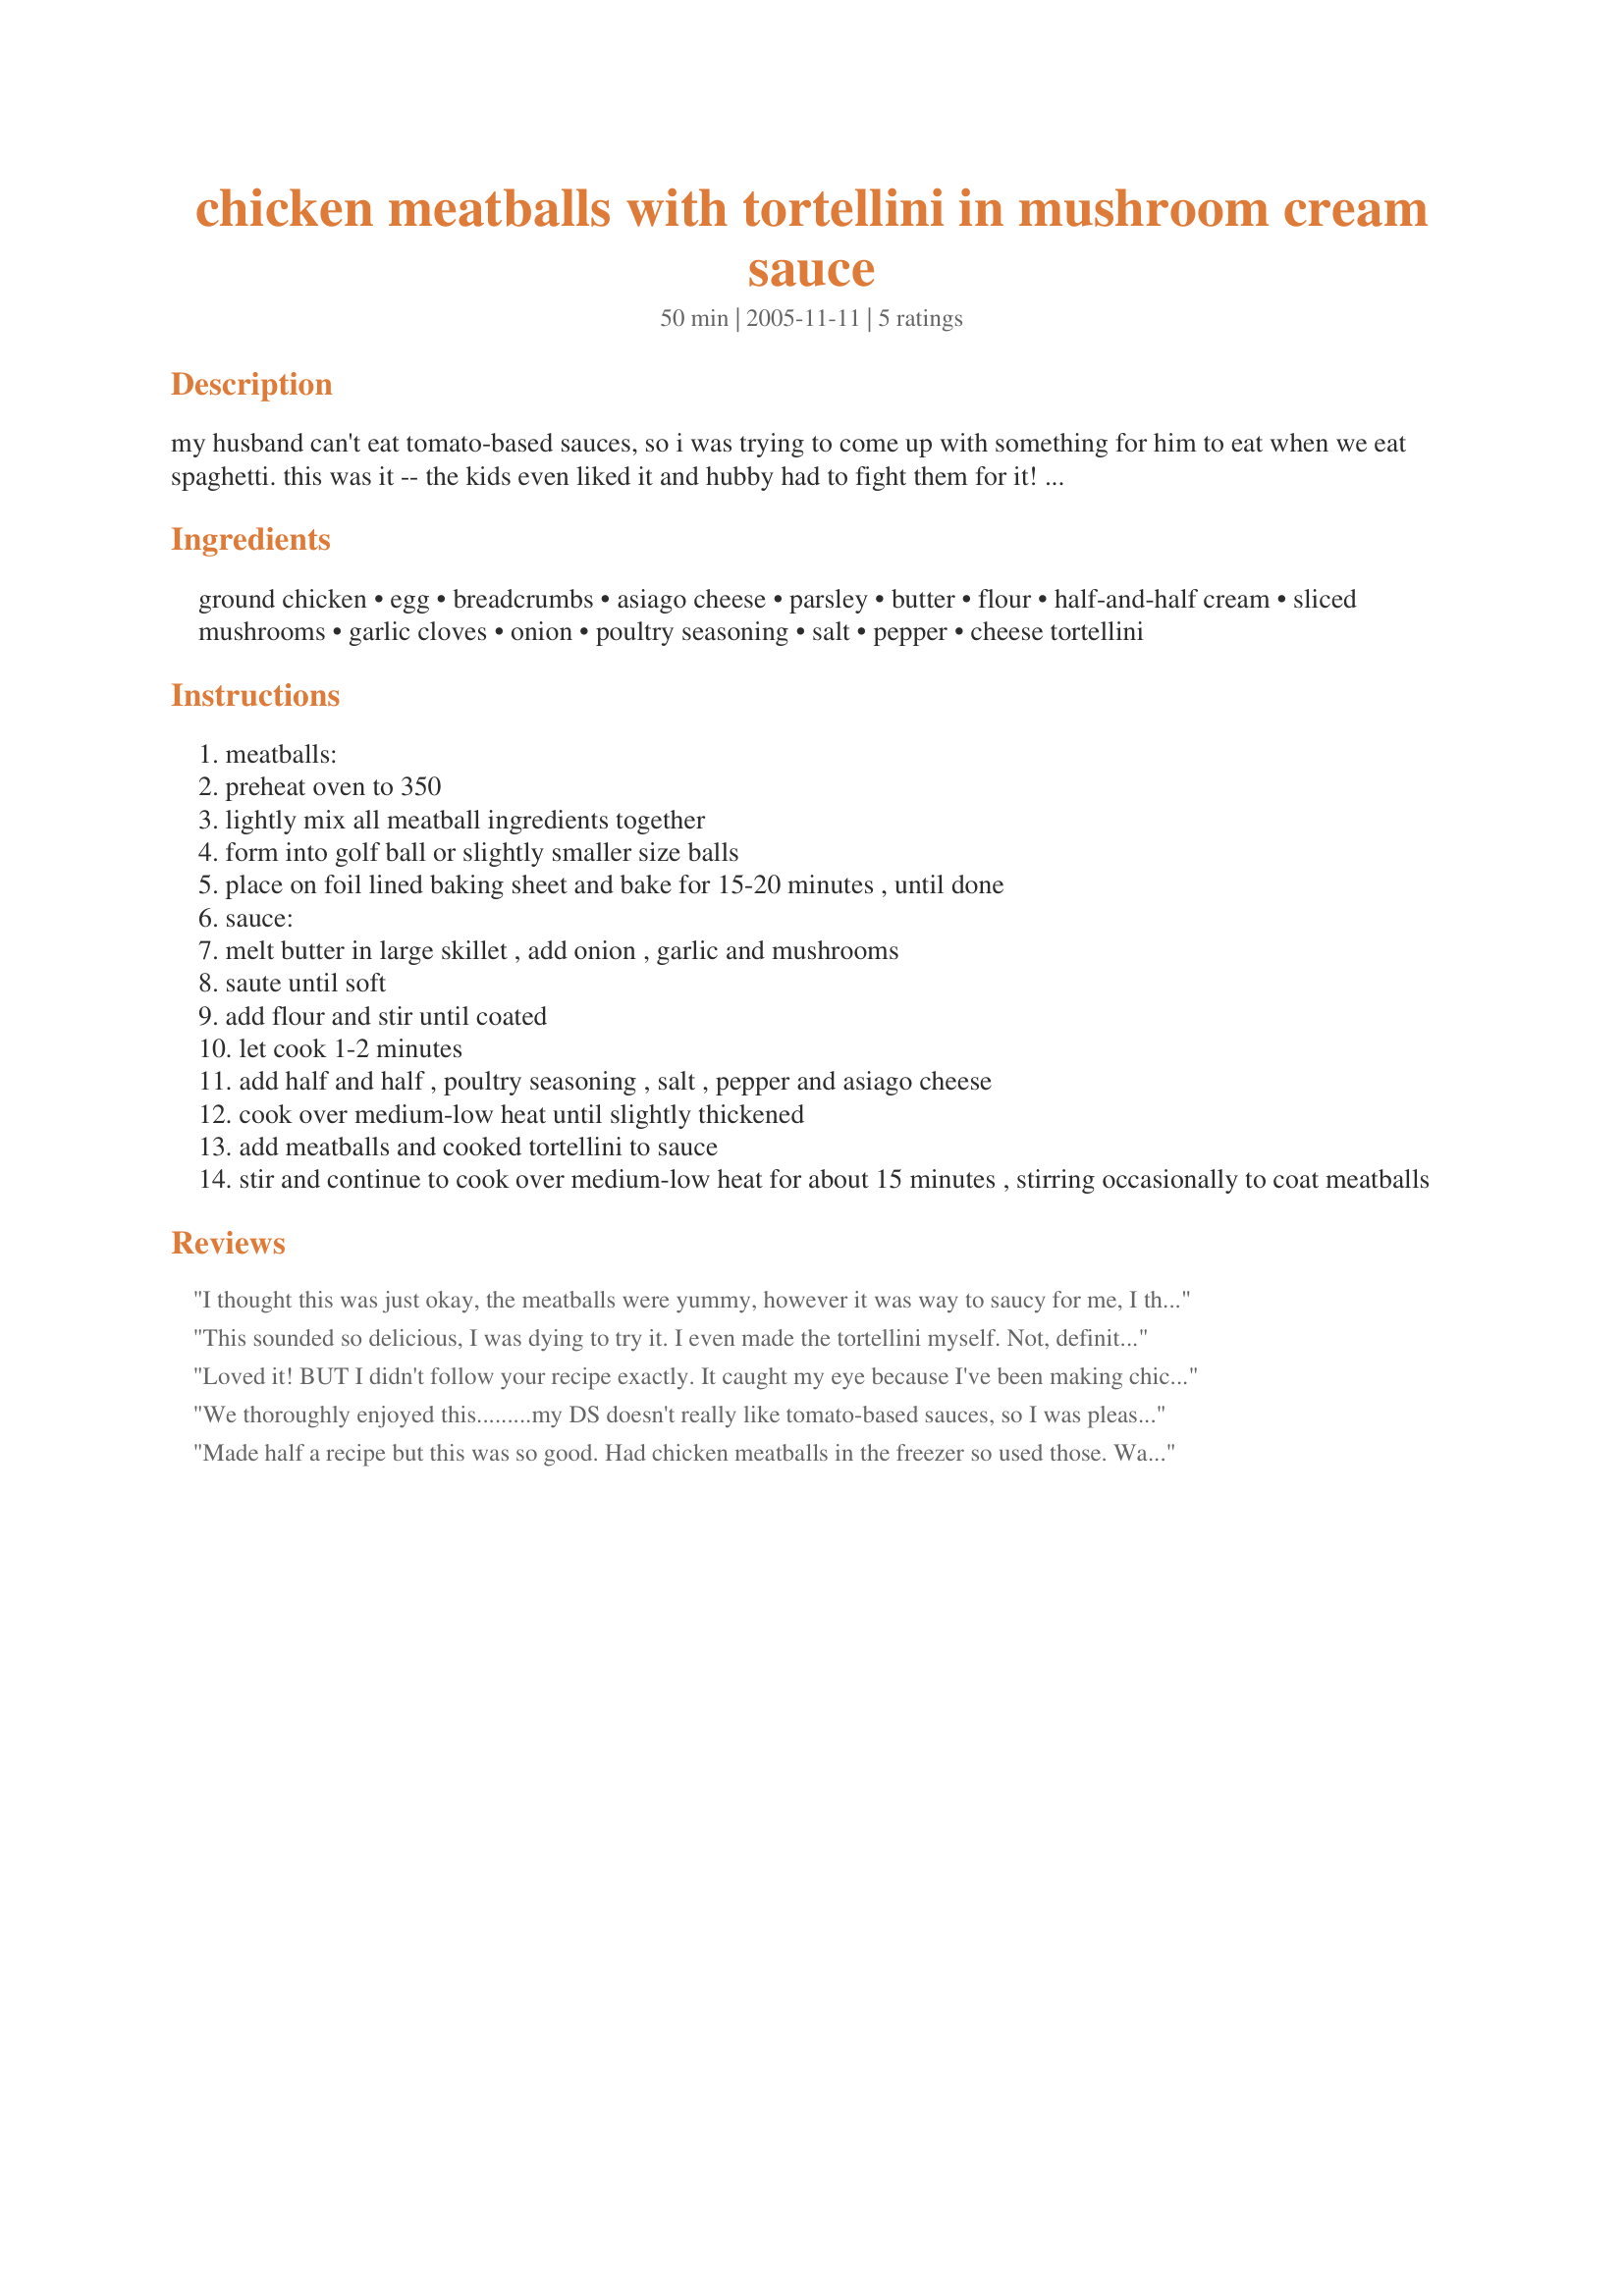
chicken meatballs with tortellini in mushroom cream sauce
Preparation time: 50 minutes

my husband can't eat tomato-based sauces, so i was trying to come up with something for him to eat when we eat spaghetti. this was it -- the kids even liked it and hubby had to fight them for it! i didn't actually measure the amounts for the meatballs, except the chicken and egg, but i think these are pretty close. i prepared the meatballs earlier in the day, so this was easy to toss together at dinnertime.

Ingredients:
ground chicken, egg, breadcrumbs, asiago cheese, parsley, butter, flour, half-and-half cream, sliced mushrooms, garlic cloves, onion, poultry seasoning, salt, pepper, cheese tortellini

Steps:
meatballs:
preheat oven to 350
lightly mix all meatball ingredients together
form into golf ball or slightly smaller size balls
place on foil lined baking sheet and bake for 15-20 minutes , until done
sauce:
melt butter in large skillet , add onion , garlic and mushrooms
saute until soft
add flour and stir until coated
let cook 1-2 minutes
add half and half , poultry seasoning , salt , pepper and asiago cheese
cook over medium-low heat until slightly thickened
add meatballs and cooked tortellini to sauce
stir and continue to cook over medium-low heat for about 15 minutes , stirring occasionally to coat meatballs

Reviews:
I thought this was just okay, the meatballs were yummy, however it was way to saucy for me, I think if I made it again, I would not add the tortellini to the sauce, I would serve the sauce over top of the the tortellini.
This sounded so delicious, I was dying to try it. I even made the tortellini myself. Not, definitely not, that it's bad. It's just that I love tomato sauce so much, I ended up feeling cheated. So, I would have said 4 stars. DH, on the other hand, lapped it up and went back for seconds (rare). So I'm rounding up to 5 stars. And thank you very much for providing me with a husband pleasing recipe.
Loved it! BUT I didn't follow your recipe exactly. It caught my eye because I've been making chicken meatballs for quite some time now and I've always wanted to try something besides spaghetti sauce with them. SO - I used my recipe for the meatballs, and browned them on the stove in a little olive oil. I lso adde3d additional Parmesan to both the meatballs and the sauce, and I omitted the poultry seasoning because my meatballs are Italian-seasoned. And I used linguini. At any rate, 8it was so good there was none left after we got done with it. It's a really great recipe that is open to all sorts of variations. Thanks!
We thoroughly enjoyed this.........my DS doesn't really like tomato-based sauces, so I was pleased to find something that I thought he would enjoy. Very easy to make, and lots of flavour.

Will definitely be making this again :-)
Made half a recipe but this was so good. Had chicken meatballs in the freezer so used those. Was an easy and quick recipe. Topped with croutons. YUM!
